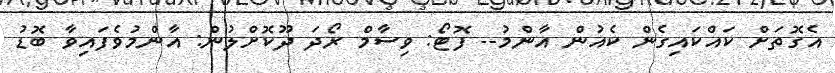
އެގޮތަށް ކައްކައިގެން ކެއުން އާންމު-- ފޮޓޯ: ވިސާމް ރޯދަ ދޫކޮށްލުން: އާންމުވެފައިވާ ބޮޑު